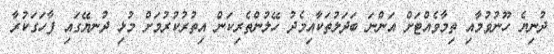
ދުނިޔެ ހޫނުވުމާއި ތިމާވެއްޓަށް އަންނަ ބަދަލުތަކާއިމެދު ހޭލުންތެރިކަން އިތުރުކުރުމަށް މުޅި ދުނޔޭގައި ފާހަގަކުރާ